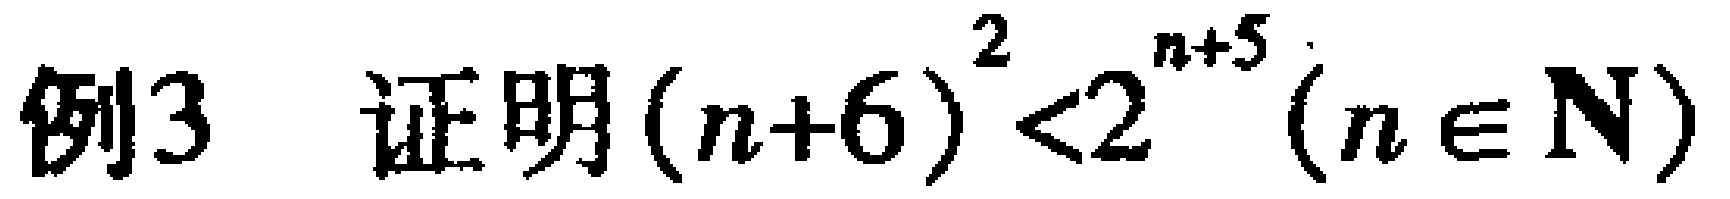
例3 证明\((n + 6)^2 < 2^{n + 5}(n\in\mathbf{N})\)